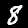
Digit: 8